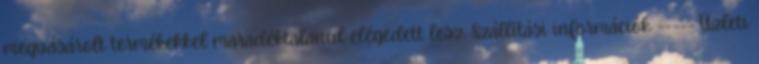
megvásárolt termékekkel maradéktalanul elégedett lesz. Szállítási információk ----- Üzleti